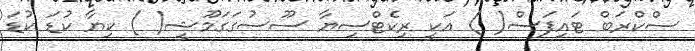
ސްކްރަބް ޓައިފަސް( ) އަކީ ރިކެޓްސިޔާ ސޫސުގަގަމޫޝީ( ) ކިޔާ ކުޑަ ކުޑަ